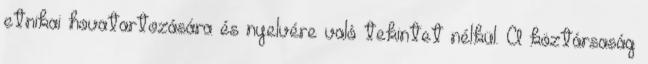
etnikai hovatartozására és nyelvére való tekintet nélkül. A köztársaság